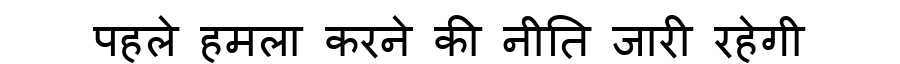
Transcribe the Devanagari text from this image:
पहले हमला करने की नीति जारी रहेगी